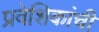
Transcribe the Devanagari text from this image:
प्रवेशिकांची